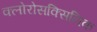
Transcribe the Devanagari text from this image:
क्लोरोसक्सिनिक